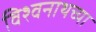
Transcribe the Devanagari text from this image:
विश्वनाथच्या